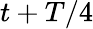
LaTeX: t+T/4